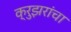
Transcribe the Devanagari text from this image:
क्रुझरांचा